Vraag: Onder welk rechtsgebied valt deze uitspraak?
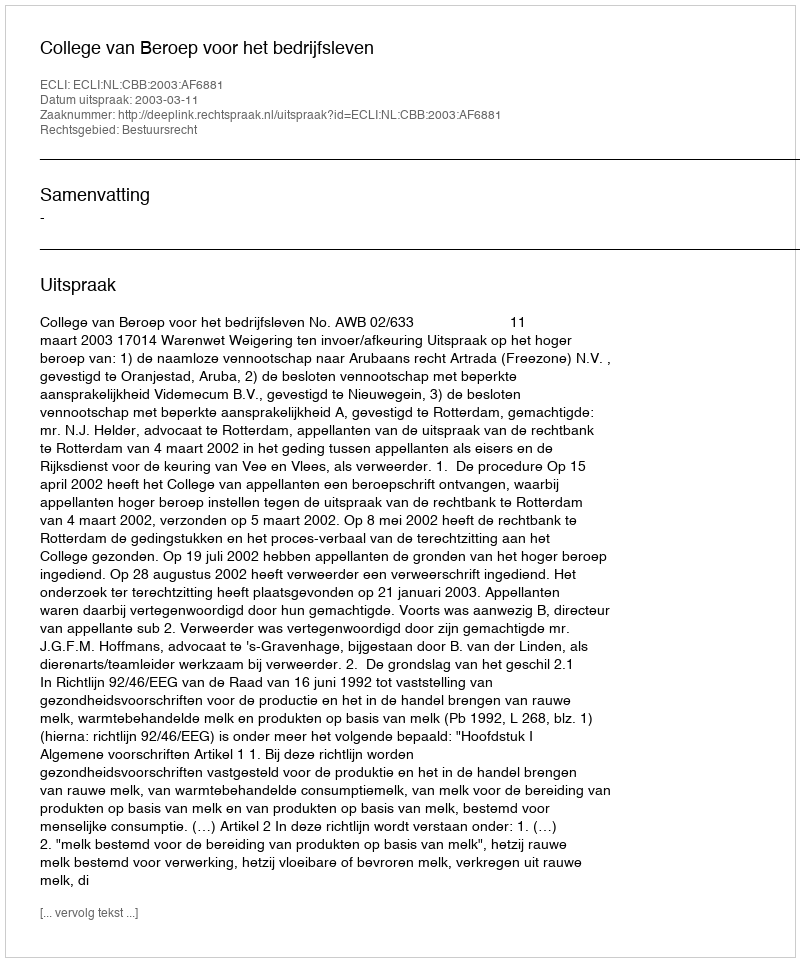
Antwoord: Bestuursrecht